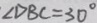
\angle D B C = 3 0 ^ { \circ }